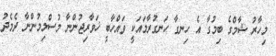
މިހާރު ޝާމްގެ ބިމުގާ އެ ހިނގާ ހަނގުރާމައަކީ ވައްހާބީ ޚަވާރިޖުންނާ މުސްލިމުންނާ ދެމެދު